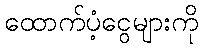
ထောက်ပံ့ငွေများကို